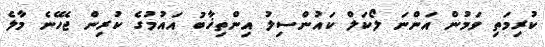
ކުރިމަތި ވަމުން އަންނަ ލޯކަލް ކައުންސިލު އިންތިޚާބު އައުމުގެ ކުރިން ޖެހޭނެ މާލެ